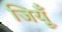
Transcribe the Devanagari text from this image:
जियूँ